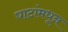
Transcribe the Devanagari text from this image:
घाटांमधून